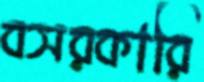
বসরকারি